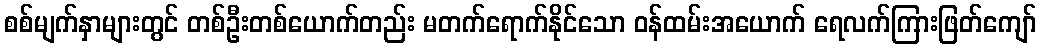
စစ်မျက်နှာများတွင် တစ်ဦးတစ်ယောက်တည်း မတက်ရောက်နိုင်သော ဝန်ထမ်းအယောက် ရေလက်ကြားဖြတ်ကျော်